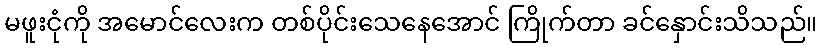
မဖူးငုံကို အမောင်လေးက တစ်ပိုင်းသေနေအောင် ကြိုက်တာ ခင်နှောင်းသိသည်။